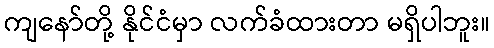
ကျနော်တို့ နိုင်ငံမှာ လက်ခံထားတာ မရှိပါဘူး။